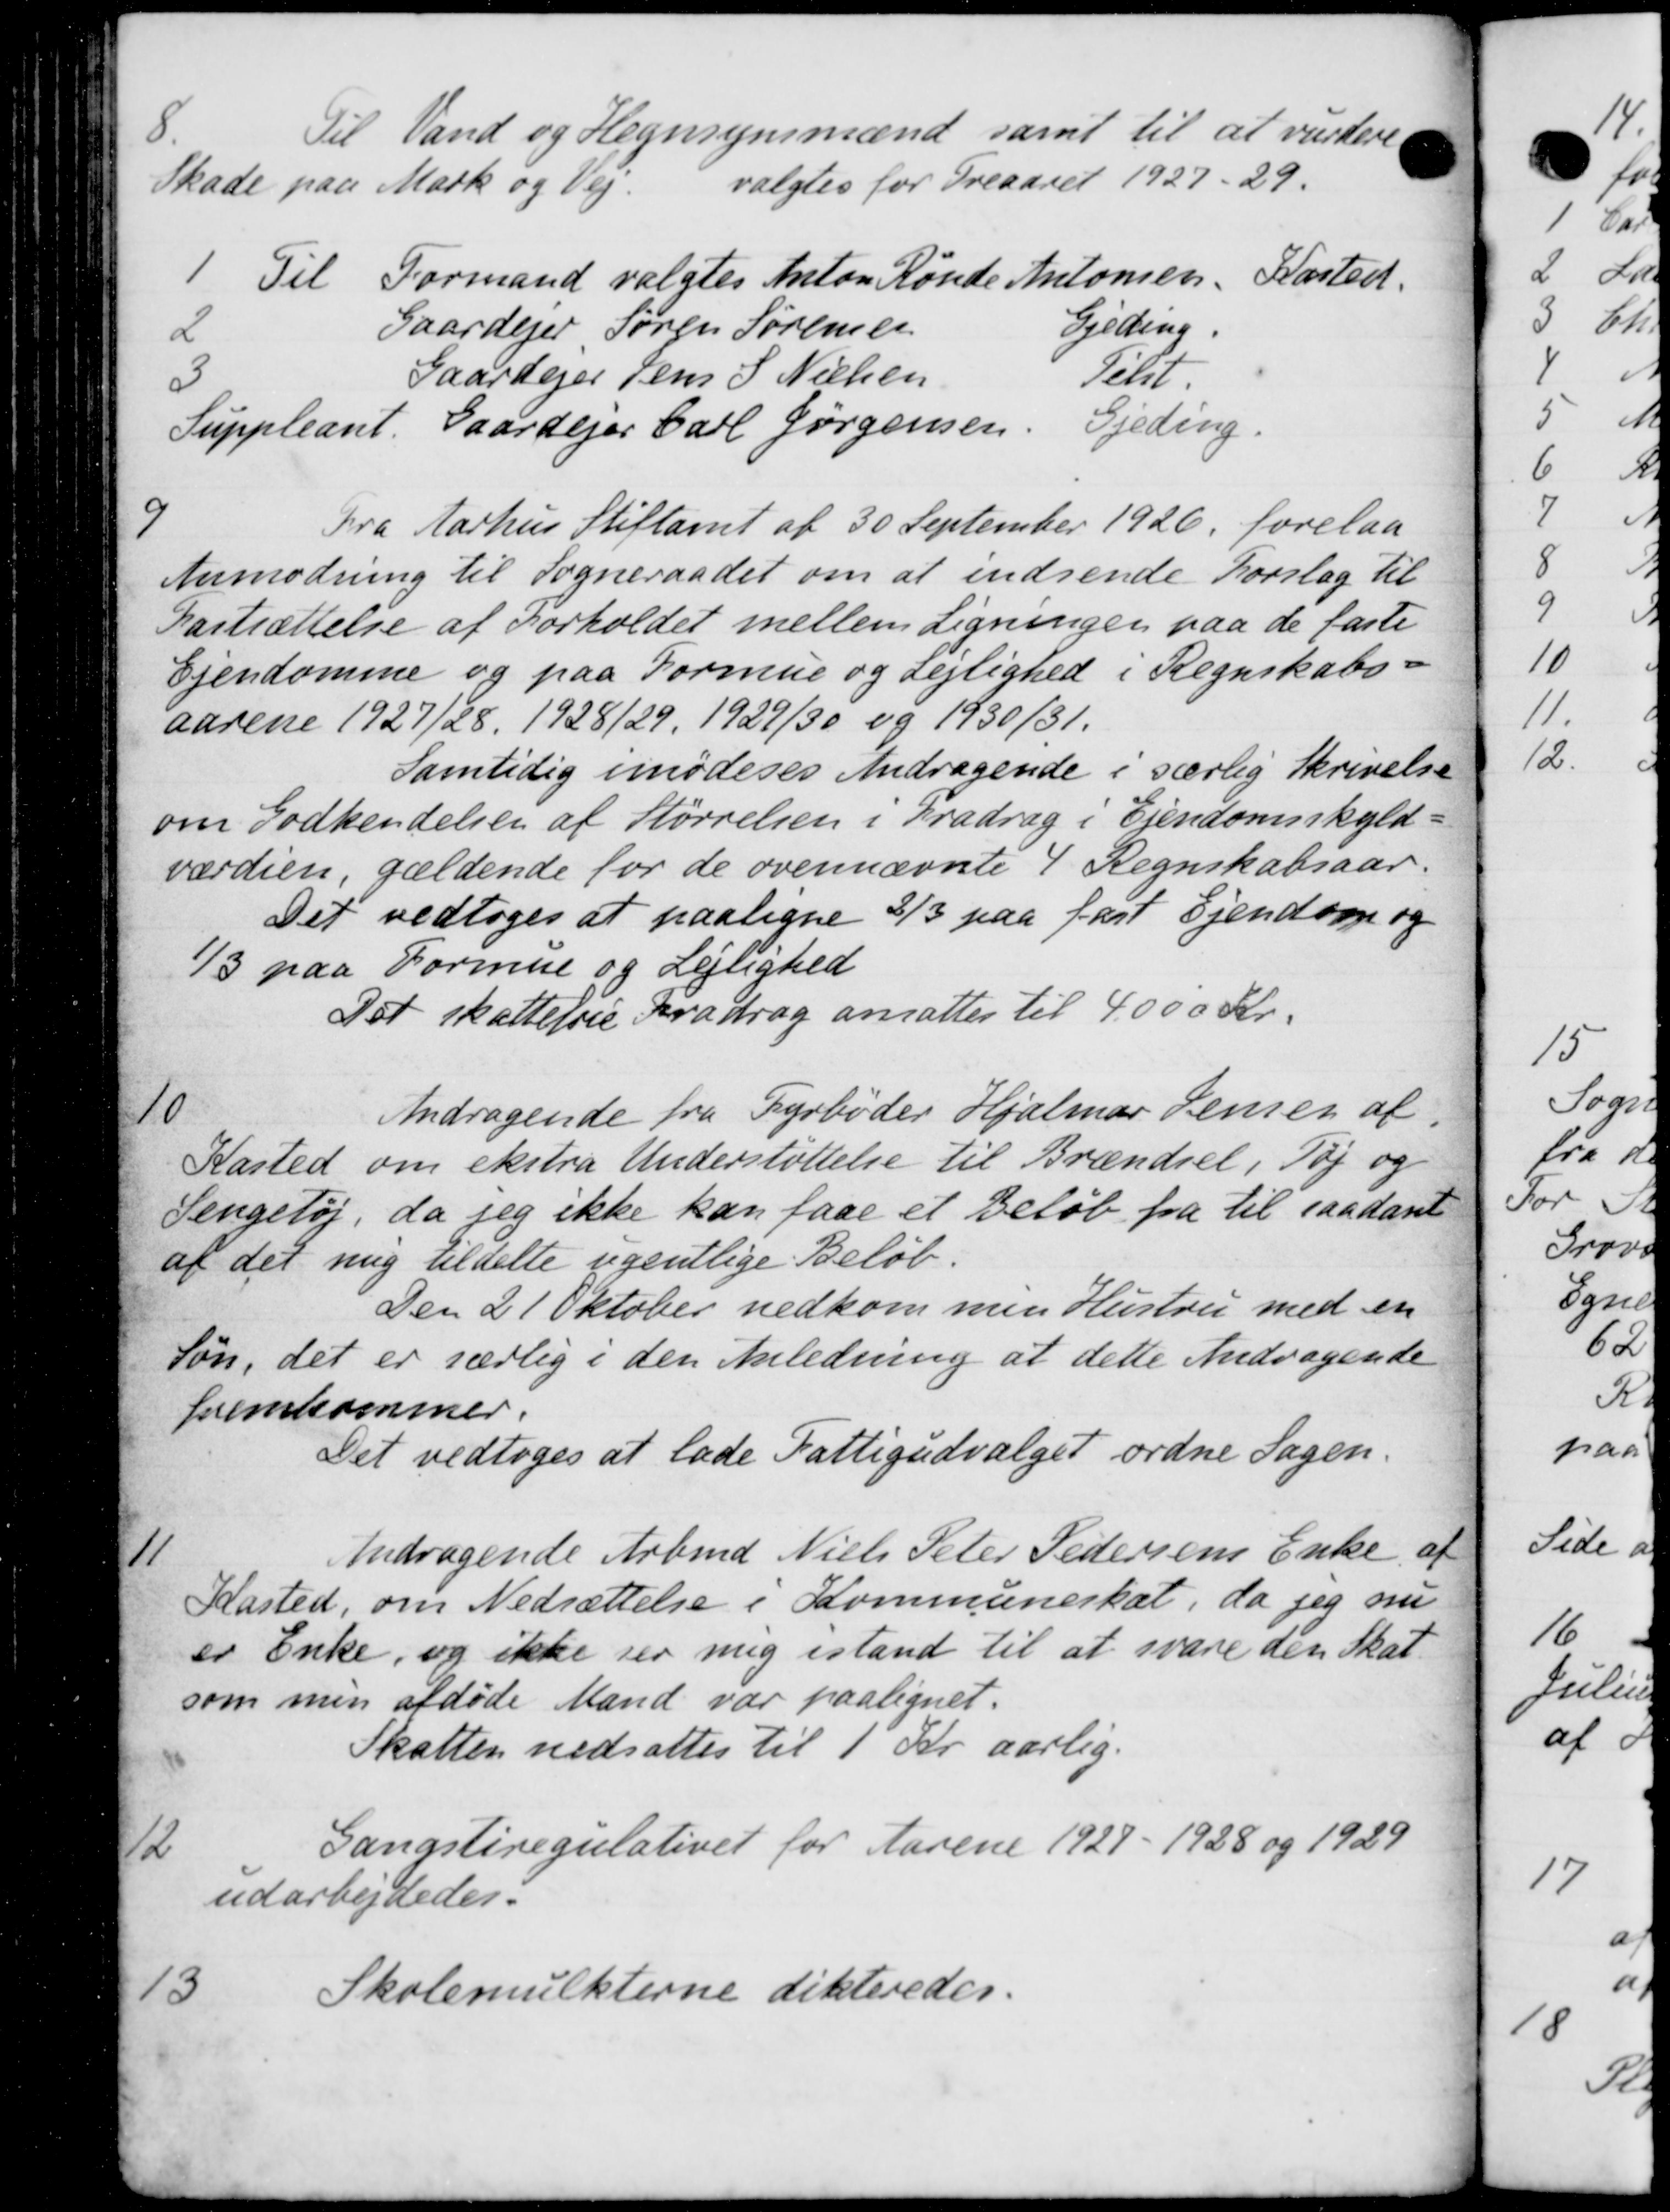
Transskription:
Til Vand og Hegnsynsmænd samt til at vurdere
Skade paa Mark og Vej.
valgtes for Treaaret 1927-29.
1 Til Formand valgtes Anton Rønde Antonsen, Kasted.
2 Gaardejer Søren Sørensen Gjeding.
3 Gaardejer Jens S Nielsen Telst
Suppleant. Gaardejer Carl Jørgensen. Gjeding.
9
Fra Aarhus Stiftamt af 30 September 1926, forelaa
Anmodning til Sogneraadet om at indsende Forslag til
Fastsættelse af Forholdet mellem Ligningen paa de faste
Ejendomme og paa Formue og Lejlighed i Regnskabs-
aarene 1927/28 1928/29, 1929/30 og 1930/31.
Samtidig imødeses Andragende i særlig Skrivelse
om Godkendelsen af Størrelsen i Fradrag i Ejendomsskyld-
værdien, gældende for de ovennævnte 4 Regnskabsaar.
Det vedtoges at paaligne 2/3 paa fast Ejendom og
1/3 paa Formue og Lejlighed
Det skattefrie Fradrag ansattes til 4.000 Kr.
10
Andragende fra Fyrbøder Hjalmar Lemen af
Kasted om ekstra Understøttelse til Brændsel, Tøj og
Sengetøj, da jeg ikke kan faae et Beløb fra til saadant
af det mig tildelte ugentlige Beløb.
Den 21 Oktober vedkommen Hustru med en
Søn, det er særlig i den Anledning at dette Andragende
fremkommer.
Det vedtoges at lade Fattigudvalget ordne Sagen.
11
Andragende Arbmd Niels Peter Pedersens Enke af
Kasted, om Nedsættelse i Kommuneskat, da jeg nu
er Enke, og ikke ser mig istand til at svare den Skat.
som min afdøde Mand var paalignet.
Skatten nedsattes til 1 Kr. aarlig.
2
Gangstiregulativet for Aarene 1927 - 1928 og 1929
udarbejdedes:
13
Skolemulkterne dikteredes.